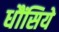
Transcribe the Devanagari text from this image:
धौंसिये